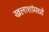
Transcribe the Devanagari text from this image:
खलाशांमध्ये